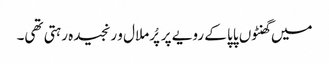
میں گھنٹوں پاپا کے رویے پر پُرملال و رنجیدہ رہتی تھی۔